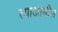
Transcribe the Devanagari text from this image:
त्याआधील